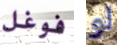
فوغل لو